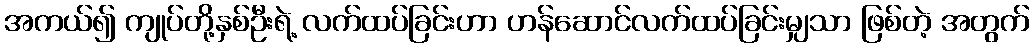
အကယ်၍ ကျုပ်တို့နှစ်ဦးရဲ့ လက်ထပ်ခြင်းဟာ ဟန်ဆောင်လက်ထပ်ခြင်းမျှသာ ဖြစ်တဲ့ အတွက်